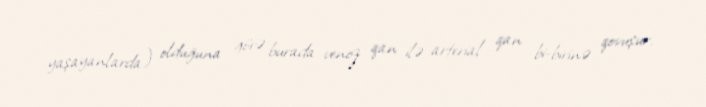
yaşayanlarda) olduğuna görə burada venoz qan ilə arterial qan bi-birinə qovuşur.